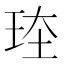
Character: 𪻗